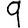
Digit: 9